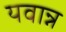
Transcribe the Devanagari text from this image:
यवान्न